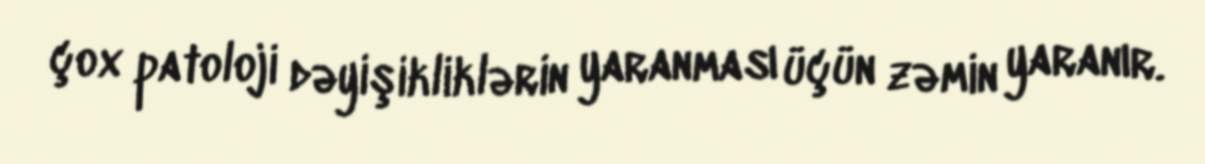
çox patoloji dəyişikliklərin yaranması üçün zəmin yaranır.